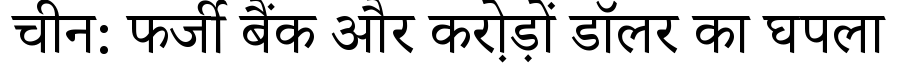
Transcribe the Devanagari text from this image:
चीन: फर्जी बैंक और करो़ड़ों डॉलर का घपला